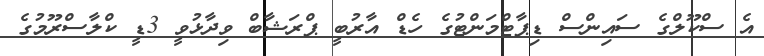
އެ ސްކޫލްގެ ސައިންސް ޑިޕާޓްމަންޓުގެ ހެޑް އާރުބީ ޕްރަޝާބް ވިދާޅުވީ 3ޑީ ކްލާސްރޫމުގެ